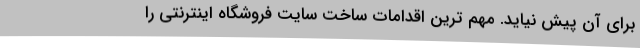
برای آن پیش نیاید. مهم ترین اقدامات ساخت سایت فروشگاه اینترنتی را